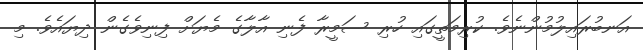
އަނބުރައިލުމުންނެވެ. ކުރިމަތީގައި ހުރި ސަމީރާ ފެނި އާލާގެ މެޔަށް ފިނިވެގެން ދިޔައެވެ. މި